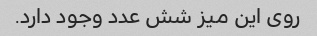
روی این میز شش عدد وجود دارد.